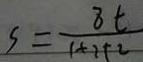
S = \frac { 8 t } { 1 + 2 + 2 }